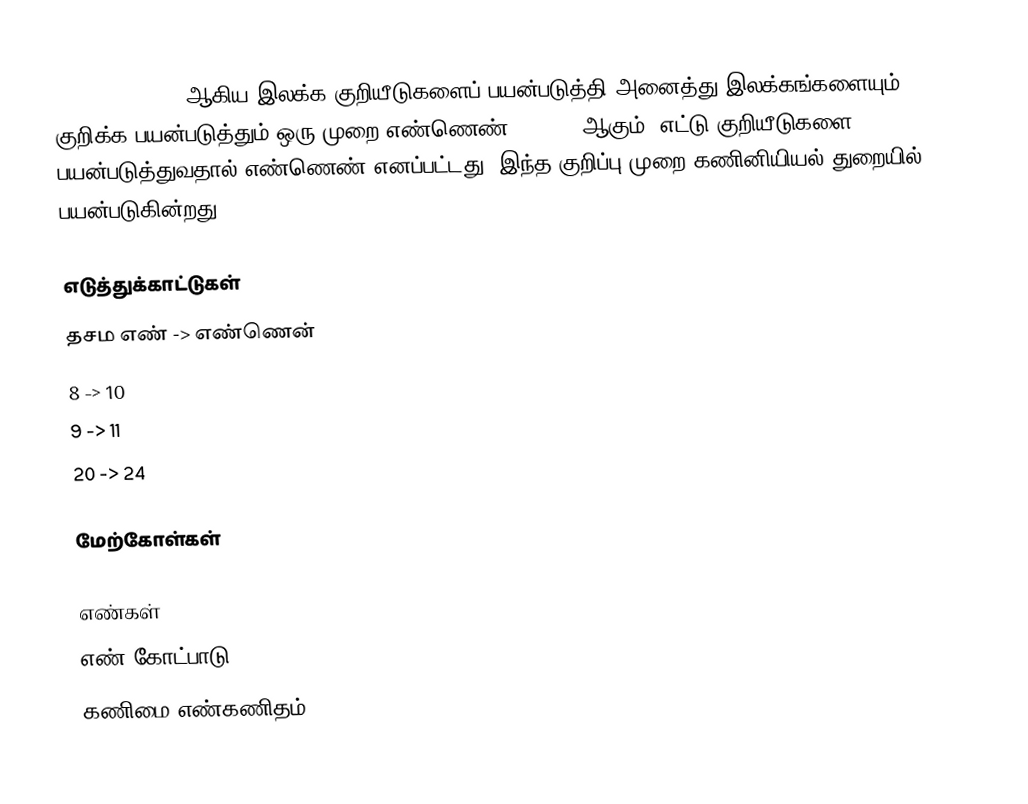
0,1,2,3,4,5,6,7 ஆகிய இலக்க குறியீடுகளைப் பயன்படுத்தி அனைத்து இலக்கங்களையும் குறிக்க பயன்படுத்தும் ஒரு முறை எண்ணெண் (octet) ஆகும். எட்டு குறியீடுகளை பயன்படுத்துவதால் எண்ணெண் எனப்பட்டது. இந்த குறிப்பு முறை கணினியியல் துறையில் பயன்படுகின்றது.

எடுத்துக்காட்டுகள்
தசம எண் -> எண்ணென்
 8 -> 10
 9 -> 11
 20 -> 24

மேற்கோள்கள்

எண்கள்
எண் கோட்பாடு
கணிமை எண்கணிதம்